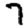
Digit: 7